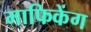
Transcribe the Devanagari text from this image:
माफिकेंग